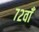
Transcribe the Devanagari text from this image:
७२वाँ